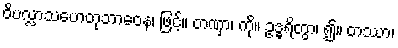
ဝိပလ္လာသဟေတုဘာဝေန၊ ဖြင့်။ တဏှာ၊ ကို။ ဥဒ္ဓရိတွာ၊ ၍။ တဿာ၊